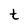
Character: t